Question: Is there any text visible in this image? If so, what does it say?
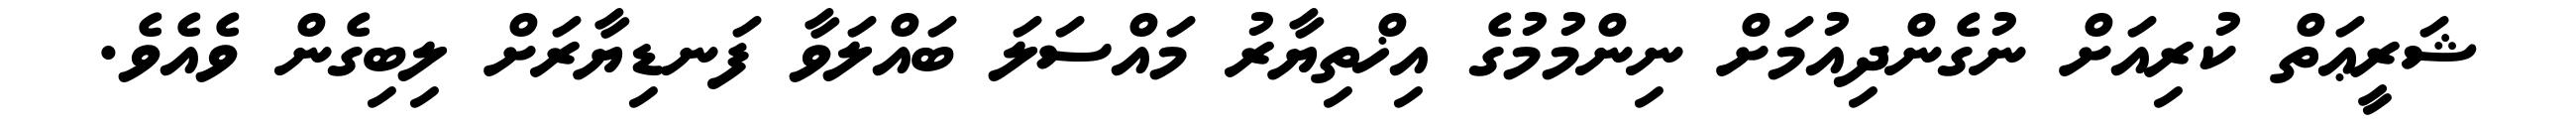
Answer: ޝަރީޢަތް ކުރިއަށް ނުގެންދިއުމަށް ނިންމުމުގެ އިޚްތިޔާރު މައްސަލަ ބައްލަވާ ފަނޑިޔާރަށް ލިބިގެން ވެއެވެ.